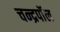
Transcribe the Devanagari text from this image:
चन्द्रपॉल